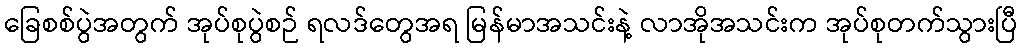
ခြေစစ်ပွဲအတွက် အုပ်စုပွဲစဉ် ရလဒ်တွေအရ မြန်မာအသင်းနဲ့ လာအိုအသင်းက အုပ်စုတက်သွားပြီ